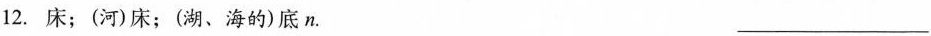
12.床；(河)床；(湖、海的)底n. ___